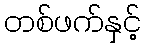
တစ်ဖက်နှင့်